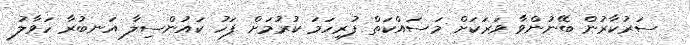
ސަރުކާރުން ބޭނުންވާ ވަރަކަށް މަސައްކަތް ފުރިހަމަ ކުރުމަށް ފަހު ކައުންސިލާ އަނބުރާ ހަވާލު